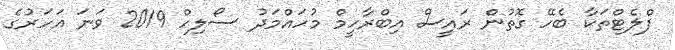
ފްލެޓްތަކާ ބެހޭ ގޮތުން ރައީސް އިބްރާހީމް މުހައްމަދު ސޯލިހް 2019 ވަނަ އަހަރުގެ